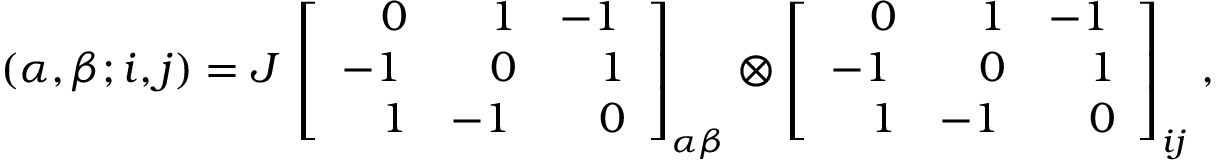
( \alpha , \beta ; i , j ) = J ~ { \left[ \begin{array} { l l l } { \; ~ ~ 0 } & { \; ~ ~ 1 } & { - 1 } \\ { - 1 } & { \; ~ ~ 0 } & { \; ~ ~ 1 } \\ { \; ~ ~ 1 } & { - 1 } & { \; ~ ~ 0 } \end{array} \right] } _ { \alpha \beta } \otimes { \left[ \begin{array} { l l l } { \; ~ ~ 0 } & { \; ~ ~ 1 } & { - 1 } \\ { - 1 } & { \; ~ ~ 0 } & { \; ~ ~ 1 } \\ { \; ~ ~ 1 } & { - 1 } & { \; ~ ~ 0 } \end{array} \right] } _ { i j } \; ,